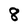
Character: 8